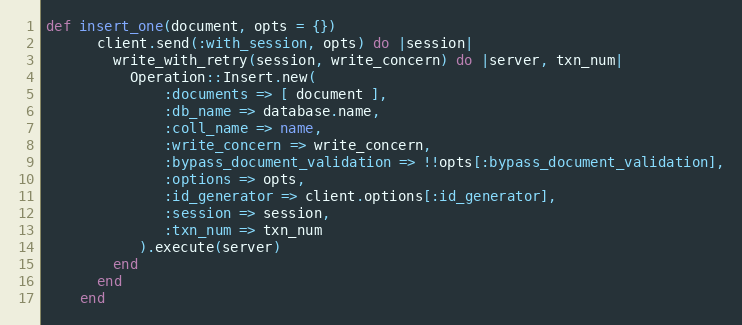
Language: Ruby
def insert_one(document, opts = {})
      client.send(:with_session, opts) do |session|
        write_with_retry(session, write_concern) do |server, txn_num|
          Operation::Insert.new(
              :documents => [ document ],
              :db_name => database.name,
              :coll_name => name,
              :write_concern => write_concern,
              :bypass_document_validation => !!opts[:bypass_document_validation],
              :options => opts,
              :id_generator => client.options[:id_generator],
              :session => session,
              :txn_num => txn_num
           ).execute(server)
        end
      end
    end